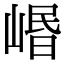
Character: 㟭